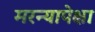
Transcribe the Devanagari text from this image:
मरन्यापेक्षा